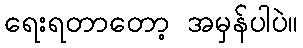
ရေးရတာတော့ အမှန်ပါပဲ။